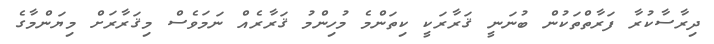
ދިރާސާކުރާ ފަރާތްތަކުން ބުނަނީ ޤަރާރަކީ ކިތަންމެ މުހިންމު ޤަރާރެއް ނަމަވެސް މިޤަރާރަށް މިޔަންމާގެ